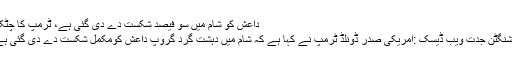
داعش کو شام میں سو فیصد شکست دے دی گئی ہے، ٹرمپ کا چٹکلہ
واشنگٹن جدت ویب ڈیسک :امریکی صدر ڈونلڈ ٹرمپ نے کہا ہے کہ شام میں دہشت گرد گروپ داعش کومکمل شکست دے دی گئی ہے۔